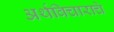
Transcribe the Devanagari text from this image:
अर्थविचाराचे